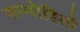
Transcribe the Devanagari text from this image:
सम्मोहितो